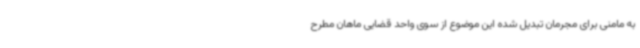
به مامنی برای مجرمان تبدیل شده این موضوع از سوی واحد قضایی ماهان مطرح